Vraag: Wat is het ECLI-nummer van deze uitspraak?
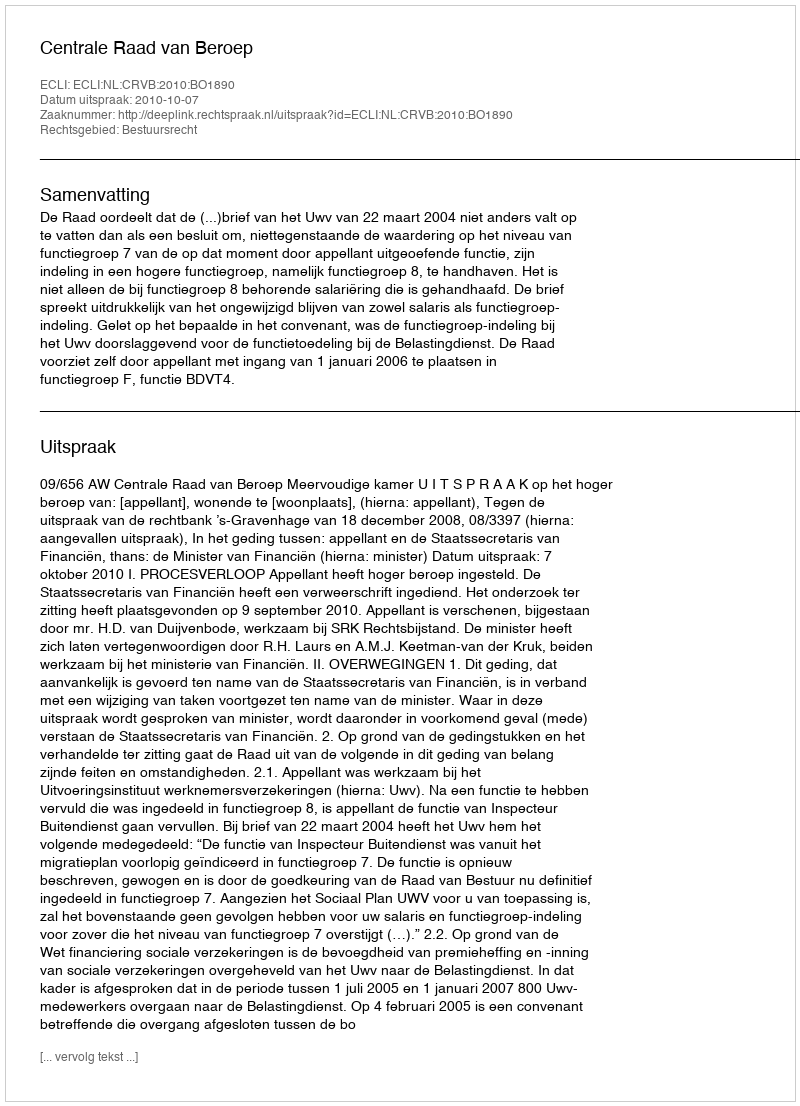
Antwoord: ECLI:NL:CRVB:2010:BO1890